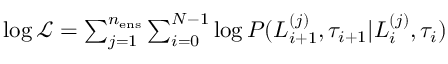
\begin{array} { r } { \log \mathcal { L } = \sum _ { j = 1 } ^ { n _ { \mathrm { e n s } } } \sum _ { i = 0 } ^ { N - 1 } \log P ( L _ { i + 1 } ^ { ( j ) } , \tau _ { i + 1 } | L _ { i } ^ { ( j ) } , \tau _ { i } ) } \end{array}